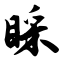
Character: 睬